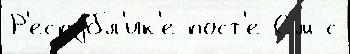
Р'еспу́бл'ик'е пост'е См с